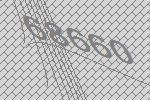
68660